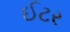
ઈટર